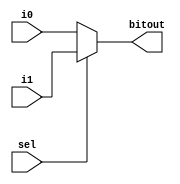
`timescale 1ns / 1ps
//////////////////////////////////////////////////////////////////////////////////
// Company: 
// Engineer: 
// 
// Design Name: 
// Module Name: multiplexer
// Project Name: 
// Target Devices: 
// Tool Versions: 
// Description: 
// 
// Dependencies: 
// 
// Revision:
// Revision 0.01 - File Created
// Additional Comments:
// 
//////////////////////////////////////////////////////////////////////////////////

module multiplexer(i0,i1,sel,bitout);

input i0,i1, sel;
output reg bitout;

always@(i0,i1,sel)
    begin
        if(sel == 0)
            bitout = i0;
        else
            bitout = i1;
    end
endmodule